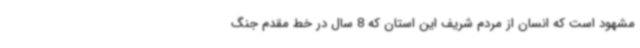
مشهود است که انسان از مردم شریف این استان که 8 سال در خط مقدم جنگ